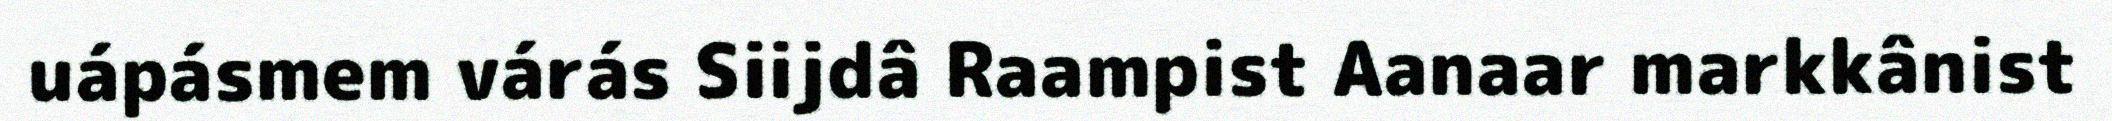
uápásmem várás Siijdâ Raampist Aanaar markkânist